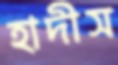
হাদীস